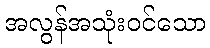
အလွန်အသုံးဝင်သော